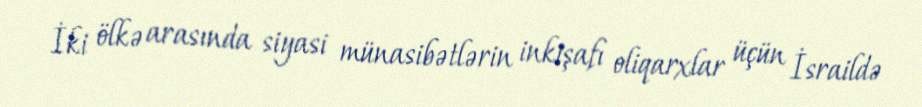
İki ölkə arasında siyasi münasibətlərin inkişafı oliqarxlar üçün İsraildə